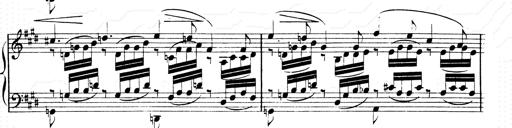
Title: 2 Transcriptions d'aprÃ¨s Rossini
Composer: Franz Liszt